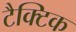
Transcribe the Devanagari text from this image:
टैक्टिक